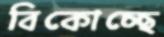
বিকোচ্ছে